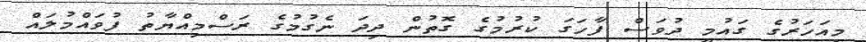
މިއަހަރުގެ ގައުމީ ދުވަސް ފާހަގަ ކުރުމުގެ ގޮތުން ދިދަ ނެގުމުގެ ރަސްމިއްޔާތު ފުވައްމުލައް